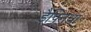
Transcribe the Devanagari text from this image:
डैफ्निया